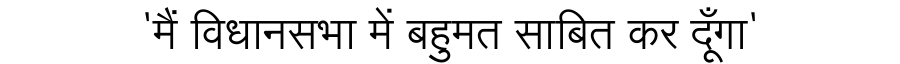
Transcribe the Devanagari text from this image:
'मैं विधानसभा में बहुमत साबित कर दूँगा'